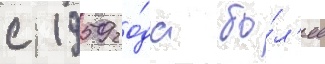
с 1959 го́да бо́л'ее